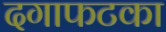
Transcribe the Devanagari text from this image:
दगाफटका